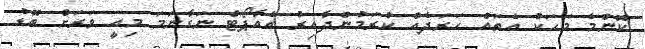
ކޮންމެ މަހަކު އެތައް ހަރަދެއް ކުރަމުންދާއިރު އެއާޕޯޓް ނަގާނަމަ މިއީ ވަރަށް ބޮޑު